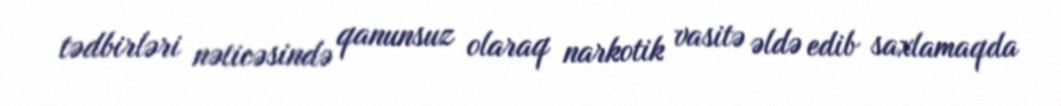
tədbirləri nəticəsində qanunsuz olaraq narkotik vasitə əldə edib saxlamaqda